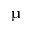
\upmu